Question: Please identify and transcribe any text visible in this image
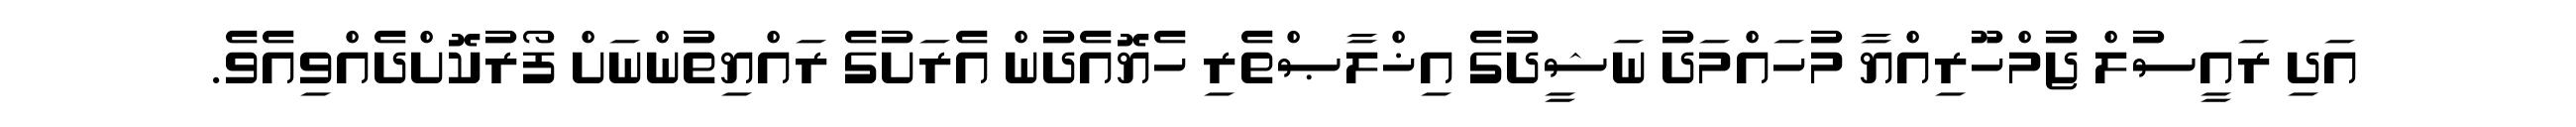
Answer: އަދި ރައީސުލް ޖުމްހޫރިއްޔާ މުހައްމަދު ނަޝީދުގެ އިޚްލާޞްތެރި ހެޔޮއެދުން އެރަށުގެ ރައްޔިތުންނަށް ފޯރުކޮށްދެއްވިއެވެ.